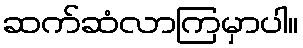
ဆက်ဆံလာကြမှာပါ။